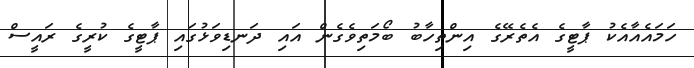
ހަމައެއާއެކު ޕާޓީގެ އެތެރޭގެ އިންތިހާބު ބޯމަތިވެގެން އައި ދަނޑިވަޅުގައި ޕާޓީގެ ކުރީގެ ރައީސް